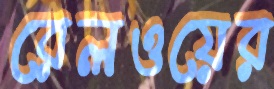
রেলওয়ের